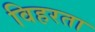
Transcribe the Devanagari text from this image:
विहरता